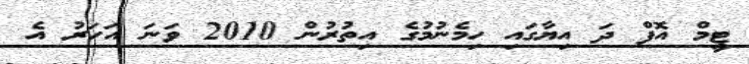
ޓީމް އޮފް ދަ އިޔާގައި ހިމެނުމުގެ އިތުރުން 2010 ވަނަ އަހަރު އެ